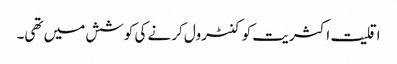
اقلیت اکثریت کو کنٹرول کرنے کی کوشش میں تھی۔